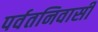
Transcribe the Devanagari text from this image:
पर्वतनिवासी